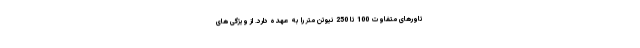
تاورهای متفاوت 100 تا 250 نیوتن متر را به عهده دارد. از ویژگی های